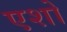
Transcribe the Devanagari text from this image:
एशो